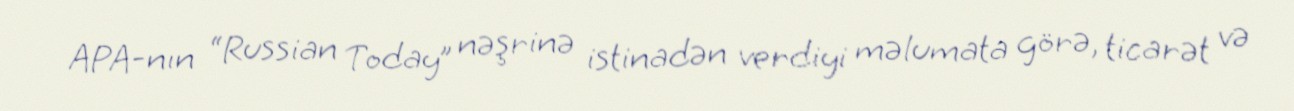
APA-nın “Russian Today” nəşrinə istinadən verdiyi məlumata görə, ticarət və